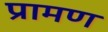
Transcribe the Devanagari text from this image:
प्रामण